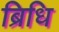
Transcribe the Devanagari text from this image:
ब्रिधि